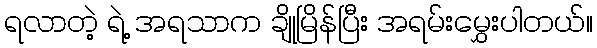
ရလာတဲ့ ရဲ့ အရသာက ချိုမြိန်ပြီး အရမ်းမွှေးပါတယ်။